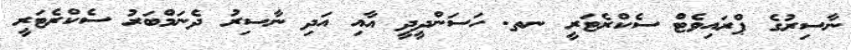
ނާސިރުގެ ޕްރައިވެޓް ސެކްރެޓަރީ ނތ. ހަސަންދީދީ އާއި އަދި ނާސިރު ދެނަމްބަރު ސެކްރެޓަރީ